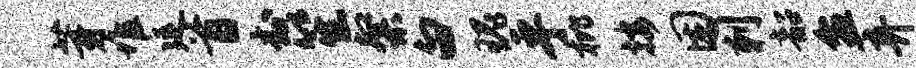
芽堆延首封笙粲白瑰乎枇按困刺韶盆弃